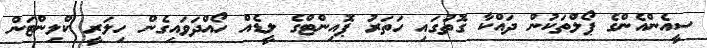
ސީއެންއެންގެ ޕޯލްތަކުން ދައްކާ ގޮތުގައި ހަތަރު ޕޮއިންޓްގެ ލީޑެއް ހޯއްދަވައިގެން ހިލަރީ ކްލިންޓަން